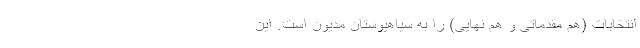
انتخابات (هم مقدماتی و هم نهایی) را به سیاهپوستان مدیون است. این